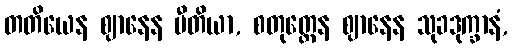
တတိယေန ဈာနေန ပီတိယာ, စတုတ္ထေန ဈာနေန သုခဒုက္ခာနံ,